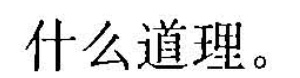
什么道理。